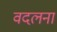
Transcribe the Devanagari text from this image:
वदलना